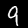
Digit: 9